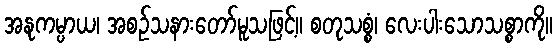
အနုကမ္ပာယ၊ အစဉ်သနားတော်မူသဖြင့်။ စတုသစ္စံ၊ လေးပါးသောသစ္စာကို။